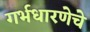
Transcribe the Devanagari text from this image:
गर्भधारणेचे